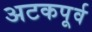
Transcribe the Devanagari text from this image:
अटकपूर्व